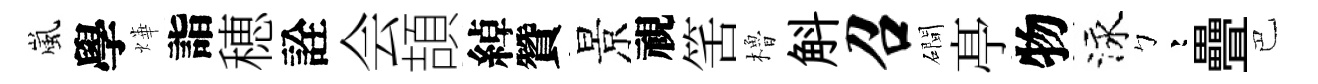
嵐學燁詣穂詮会頡綽贊景視筈櫓斛召磵𠅘物泳彎疊巴